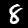
Label: 8